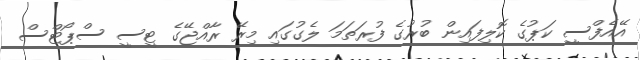
އޭއެފްސީ ކަޕުގެ ކޮލިފައިން ބުރުގެ ފުރަތަމަ ލެގުގައި މިރޭ ރާއްޖޭގެ ޓީސީ ސްޕޯޓްސް